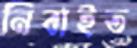
নিবাইত